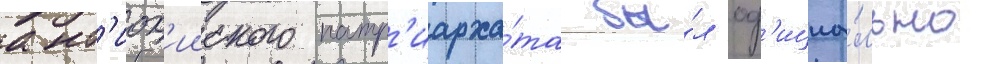
ант'иох'ииского патр'иарха́та бы́л оф'ициа́льно